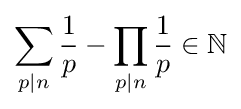
\sum _{p|n}{\frac {1}{p}}-\prod _{p|n}{\frac {1}{p}}\in \mathbb {N}